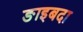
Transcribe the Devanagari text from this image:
ङाइबदा